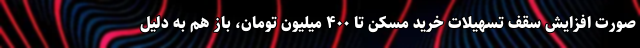
صورت افزایش سقف تسهیلات خرید مسکن تا ۴۰۰ میلیون تومان، باز هم به دلیل